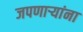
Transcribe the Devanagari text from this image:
जपणाऱ्यांना